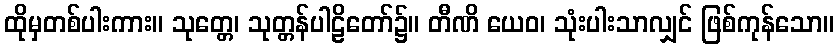
ထိုမှတစ်ပါးကား။ သုတ္တေ၊ သုတ္တန်ပါဠိတော်၌။ တီဏိ ယေဝ၊ သုံးပါးသာလျှင် ဖြစ်ကုန်သော။